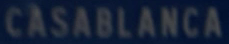
CASABLANCA